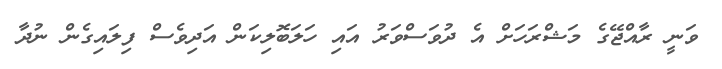
ވަނީ ރާއްޖޭގެ މަޝްރަހަށް އެ ދުވަސްވަރު އައި ހަލަބޮލިކަން އަދިވެސް ފިލައިގެން ނުދާ